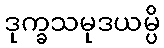
ဒုက္ခသမုဒယမ္ပိ